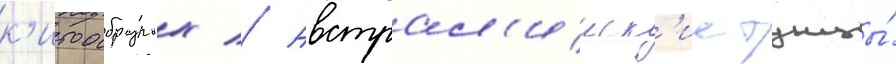
к'итообразных // Австрал'ииск'ие тунцы́